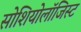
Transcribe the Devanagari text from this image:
सोशियोलॉजिस्ट